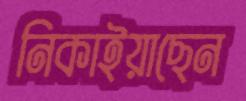
নিকাইয়াছেন